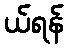
ယ်ရန်